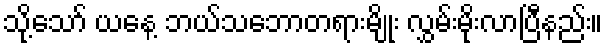
သို့သော် ယနေ့ ဘယ်သဘောတရားမျိုး လွှမ်းမိုးလာပြီနည်း။